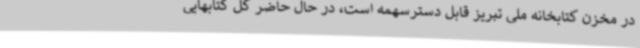
در مخزن کتابخانه ملی تبریز قابل دسترسهمه است، در حال حاضر کل کتابهایی